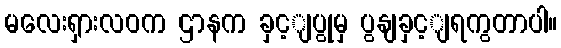
မလေးရှားလဝက ဌာနက ခှင့ျပွုမှ ပွနျခှင့ျရကွတာပါ။